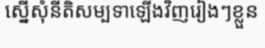
ស្នើសុំនីតិសម្បទាឡើងវិញរៀងៗខ្លួន